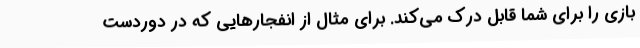
بازی را برای شما قابل درک می‌کند. برای مثال از انفجارهایی که در دوردست